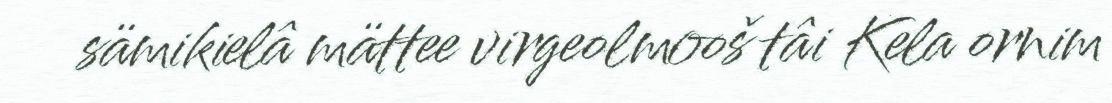
sämikielâ mättee virgeolmooš tâi Kela ornim